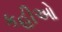
કહીઓ